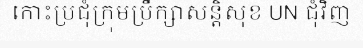
កោះប្រជុំក្រុមប្រឹក្សាសន្តិសុខ UN ជុំវិញ